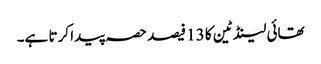
تھائی لینڈ ٹین کا 13 فیصد حصہ پیدا کرتا ہے۔